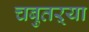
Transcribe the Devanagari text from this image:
चबुतऱ्या